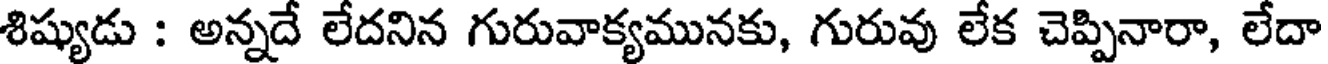
శిష్యుడు : అన్నదే లేదనిన గురువాక్యమునకు, గురువు లేక చెప్పినారా, లేదా